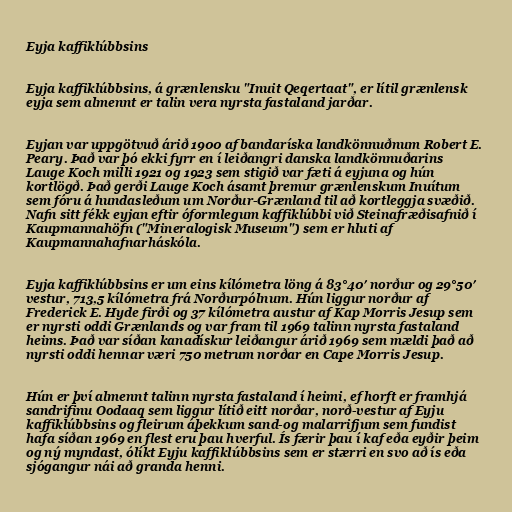
Eyja kaffiklúbbsins

Eyja kaffiklúbbsins, á grænlensku "Inuit Qeqertaat", er lítil grænlensk
eyja sem almennt er talin vera nyrsta fastaland jarðar.

Eyjan var uppgötvuð árið 1900 af bandaríska landkönnuðnum Robert E.
Peary. Það var þó ekki fyrr en í leiðangri danska landkönnuðarins
Lauge Koch milli 1921 og 1923 sem stigið var fæti á eyjuna og hún
kortlögð. Það gerði Lauge Koch ásamt þremur grænlenskum Inuítum
sem fóru á hundasleðum um Norður-Grænland til að kortleggja svæðið.
Nafn sitt fékk eyjan eftir óformlegum kaffiklúbbi við Steinafræðisafnið í
Kaupmannahöfn ("Mineralogisk Museum") sem er hluti af
Kaupmannahafnarháskóla.

Eyja kaffiklúbbsins er um eins kílómetra löng á 83°40′ norður og 29°50′
vestur, 713,5 kílómetra frá Norðurpólnum. Hún liggur norður af
Frederick E. Hyde firði og 37 kílómetra austur af Kap Morris Jesup sem
er nyrsti oddi Grænlands og var fram til 1969 talinn nyrsta fastaland
heims. Það var síðan kanadískur leiðangur árið 1969 sem mældi það að
nyrsti oddi hennar væri 750 metrum norðar en Cape Morris Jesup.

Hún er því almennt talinn nyrsta fastaland í heimi, ef horft er framhjá
sandrifinu Oodaaq sem liggur lítið eitt norðar, norð-vestur af Eyju
kaffiklúbbsins og fleirum áþekkum sand-og malarrifjum sem fundist
hafa síðan 1969 en flest eru þau hverful. Ís færir þau í kaf eða eyðir þeim
og ný myndast, ólíkt Eyju kaffiklúbbsins sem er stærri en svo að ís eða
sjógangur nái að granda henni.